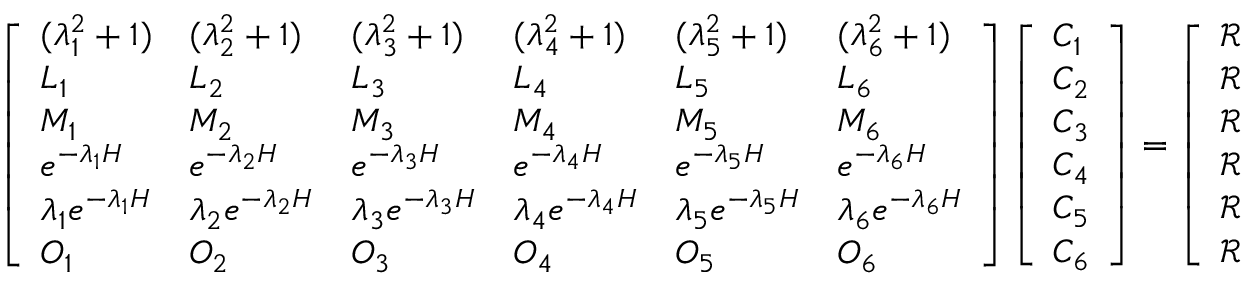
\left[ \begin{array} { l l l l l l } { ( \lambda _ { 1 } ^ { 2 } + 1 ) } & { ( \lambda _ { 2 } ^ { 2 } + 1 ) } & { ( \lambda _ { 3 } ^ { 2 } + 1 ) } & { ( \lambda _ { 4 } ^ { 2 } + 1 ) } & { ( \lambda _ { 5 } ^ { 2 } + 1 ) } & { ( \lambda _ { 6 } ^ { 2 } + 1 ) } \\ { L _ { 1 } } & { L _ { 2 } } & { L _ { 3 } } & { L _ { 4 } } & { L _ { 5 } } & { L _ { 6 } } \\ { M _ { 1 } } & { M _ { 2 } } & { M _ { 3 } } & { M _ { 4 } } & { M _ { 5 } } & { M _ { 6 } } \\ { e ^ { - \lambda _ { 1 } H } } & { e ^ { - \lambda _ { 2 } H } } & { e ^ { - \lambda _ { 3 } H } } & { e ^ { - \lambda _ { 4 } H } } & { e ^ { - \lambda _ { 5 } H } } & { e ^ { - \lambda _ { 6 } H } } \\ { \lambda _ { 1 } e ^ { - \lambda _ { 1 } H } } & { \lambda _ { 2 } e ^ { - \lambda _ { 2 } H } } & { \lambda _ { 3 } e ^ { - \lambda _ { 3 } H } } & { \lambda _ { 4 } e ^ { - \lambda _ { 4 } H } } & { \lambda _ { 5 } e ^ { - \lambda _ { 5 } H } } & { \lambda _ { 6 } e ^ { - \lambda _ { 6 } H } } \\ { O _ { 1 } } & { O _ { 2 } } & { O _ { 3 } } & { O _ { 4 } } & { O _ { 5 } } & { O _ { 6 } } \end{array} \right] \left[ \begin{array} { l } { C _ { 1 } } \\ { C _ { 2 } } \\ { C _ { 3 } } \\ { C _ { 4 } } \\ { C _ { 5 } } \\ { C _ { 6 } } \end{array} \right] = \left[ \begin{array} { l } { \mathscr { R } _ { 1 } } \\ { \mathscr { R } _ { 2 } } \\ { \mathscr { R } _ { 3 } } \\ { \mathscr { R } _ { 4 } } \\ { \mathscr { R } _ { 5 } } \\ { \mathscr { R } _ { 6 } } \end{array} \right]